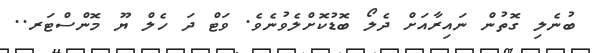
ބުނެލި ގޮތުން ނައިރާއަށް ދެލޯ ބޮޑުކޮށްލެވުނެވެ. ވަޓް ދަ ހެލް ޔޫ މޮންސްޓަރ..